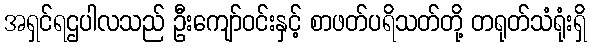
အရှင်ရဌပါလသည် ဦးကျော်ဝင်းနှင့် စာဖတ်ပရိသတ်တို့ တရုတ်သံရုံးရှိ